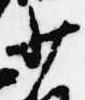
少